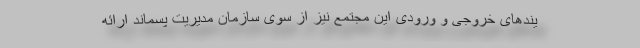
یندهای خروجی و ورودی این مجتمع نیز از سوی سازمان مدیریت پسماند ارائه